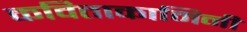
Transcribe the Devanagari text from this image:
कविताकामिनी